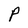
Character: P